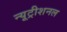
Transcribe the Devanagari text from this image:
न्यूट्रीशनल